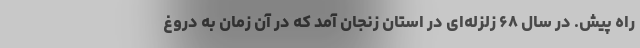
راه پیش. در سال ۶۸ زلزله‌ای در استان زنجان آمد که در آن زمان به دروغ